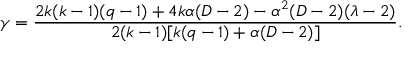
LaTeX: \gamma = \frac { 2 k ( k - 1 ) ( q - 1 ) + 4 k \alpha ( D - 2 ) - \alpha ^ { 2 } ( D - 2 ) ( \lambda - 2 ) } { 2 ( k - 1 ) [ k ( q - 1 ) + \alpha ( D - 2 ) ] } .